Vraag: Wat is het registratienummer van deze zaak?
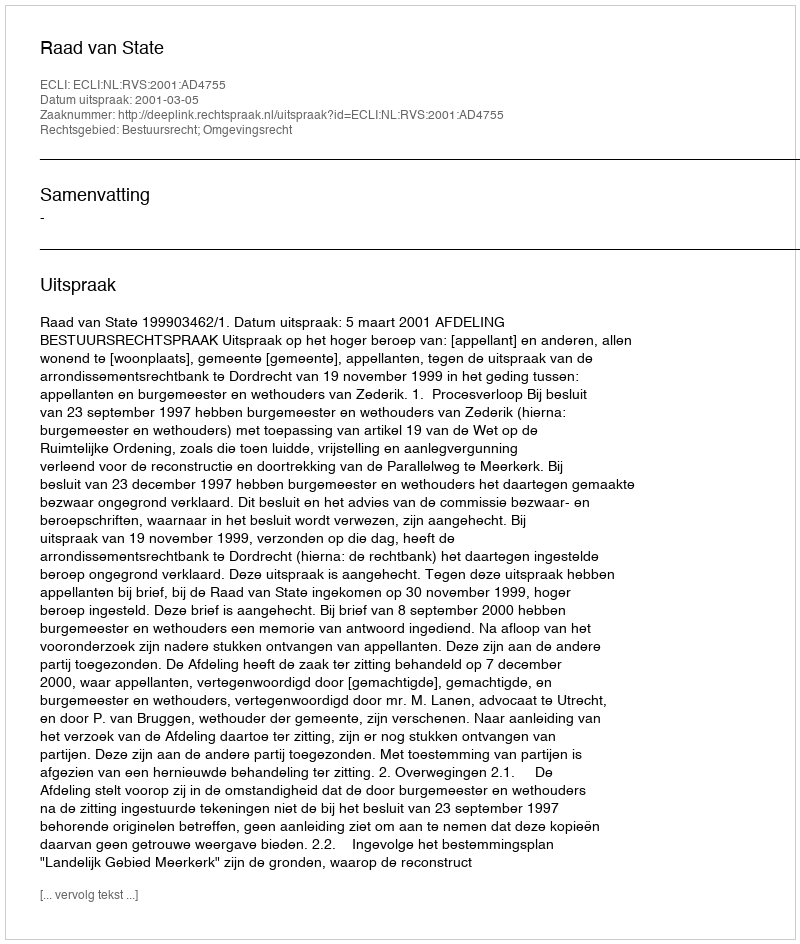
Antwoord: http://deeplink.rechtspraak.nl/uitspraak?id=ECLI:NL:RVS:2001:AD4755